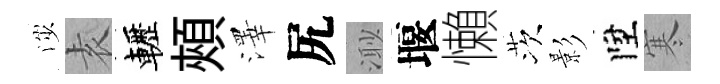
渉𡊮轣頰澤尻𣺌堰懶茨影陞寒